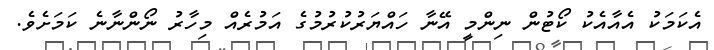
އެކަމަކު އެއާއެކު ކޯޓުން ނިންމީ އޭނާ ހައްޔަރުކުރުމުގެ އަމުރެއް މިހާރު ނޯންނާނެ ކަމަށެވެ.